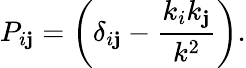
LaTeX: P_{i\mathbf{j}}=\biggl(\delta_{i\mathbf{j}}-\frac{{k_{i}k_{\mathbf{j}}}}{{k^{2}}}\biggr).